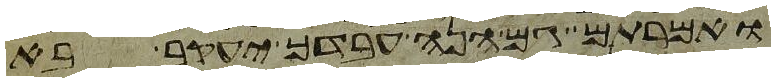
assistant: ואמרתם גם הנה עבדך יעקב בא